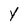
Character: y